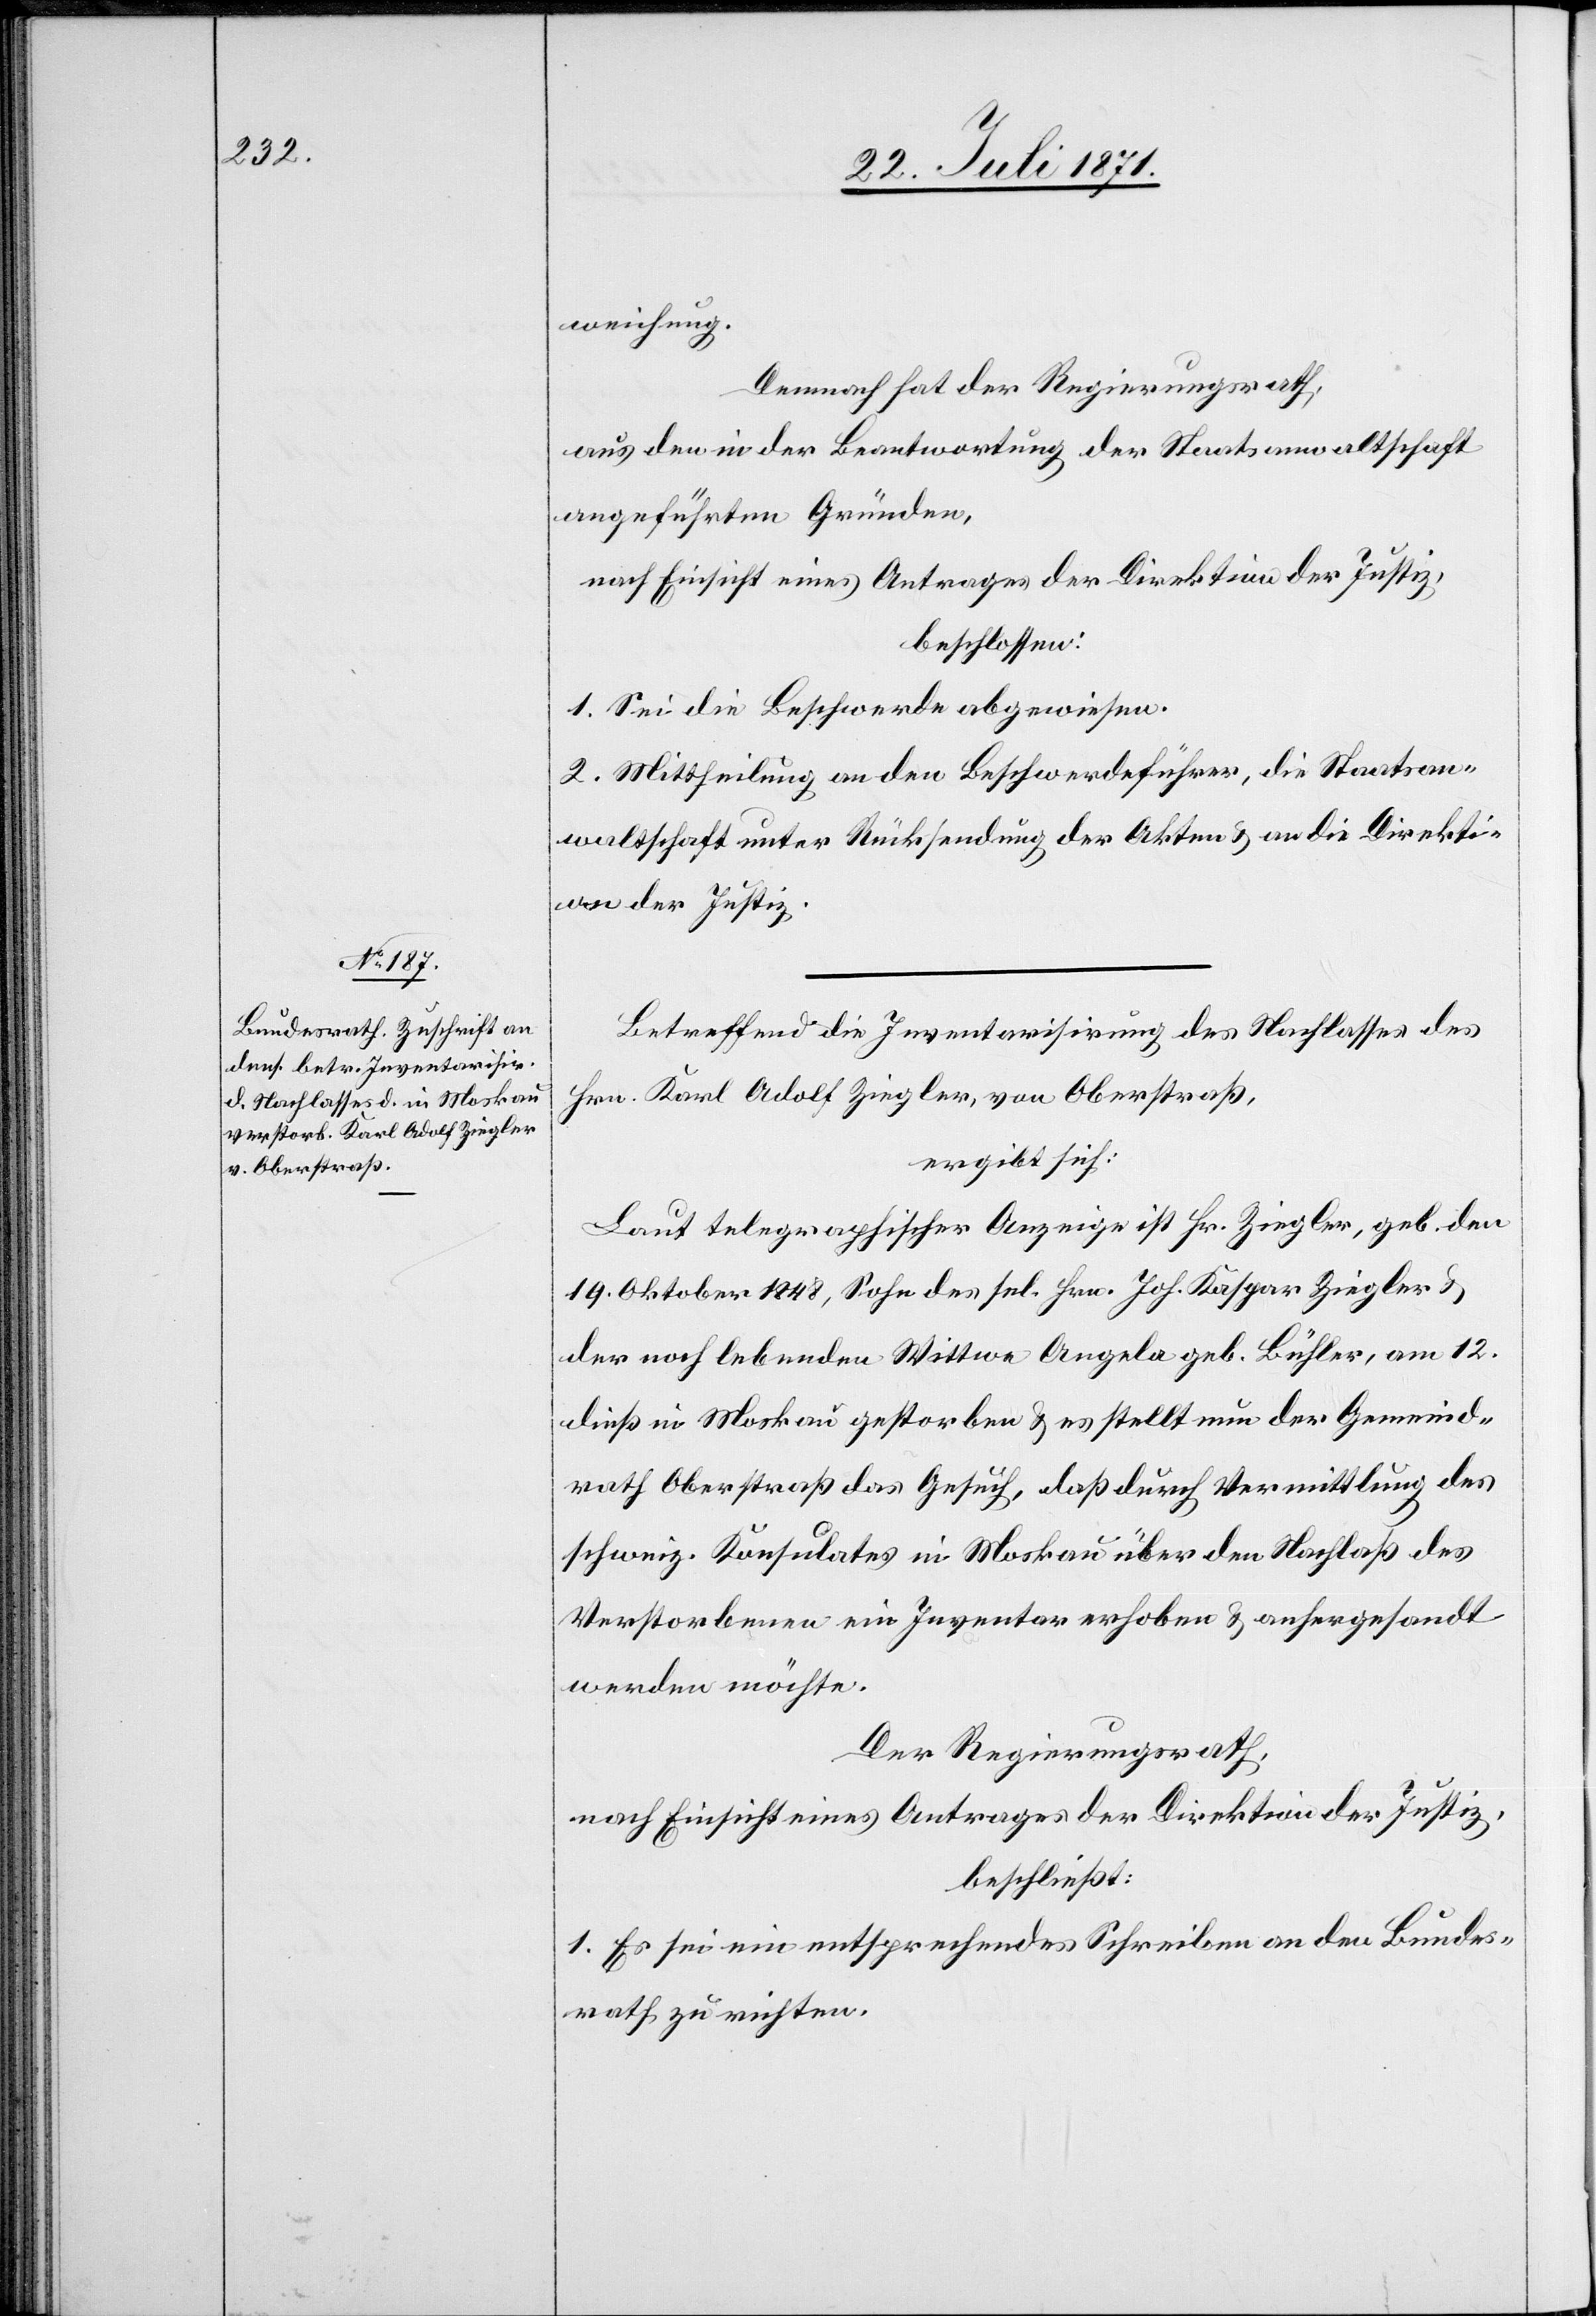
weichung.
Demnach hat der Regierungsrath,
aus den in der Beantwortung der Staatsanwaltschaft
angeführten Gründen,
nach Einsicht eines Antrages der Direktion der Justiz,
beschlossen:
1. Sei die Beschwerde abgewiesen.
2. Mittheilung an den Beschwerdeführer, die Staatsan¬
waltschaft unter Rücksendung der Akten u. an die Direkti¬
on der Justiz.
Betreffend die Inventarisirung des Nachlasses des
Hrn. Karl Adolf Ziegler, von Oberstraß,
ergibt sich:
Laut telegraphischer Anzeige ist Hr. Ziegler, geb. den
19. Oktober 1848, Sohn des sel. Hrn. Joh. Kaspar Ziegler u.
der noch lebenden Wittwe Angela geb. Bühler, am 12.
dieß in Moskau gestorben u. es stellt nun der Gemeind¬
rath Oberstraß das Gesuch, daß durch Vermittlung des
schweiz. Konsulates in Moskau über den Nachlaß des
Verstorbenen ein Inventar erhoben u. anhergesandt
werden möchte.
Der Regierungsrath,
nach Einsicht eines Antrages der Direktion der Justiz,
beschließt:
1. Es sei ein entsprechendes Schreiben an den Bundes¬
rath zu richten.